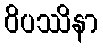
ဝိပဿိနာ